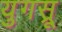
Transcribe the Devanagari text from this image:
युगस्रू